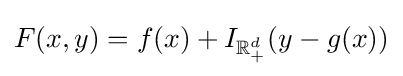
F(x,y)=f(x)+I_{\mathbb {R} _{+}^{d}}(y-g(x))